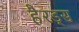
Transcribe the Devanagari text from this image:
हैरड्स